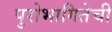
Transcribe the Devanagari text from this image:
पुरोभागितेची